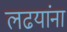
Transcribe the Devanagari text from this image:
लढयांना